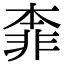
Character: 𩇶